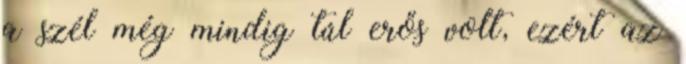
a szél még mindig túl erős volt, ezért az